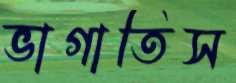
ভাগাতিস